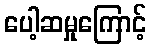
ပေါ့ဆမှုကြောင့်